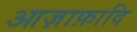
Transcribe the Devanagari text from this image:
आज़ाफ़ादि